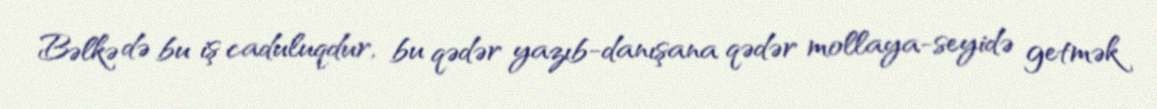
Bəlkə də bu iş caduluqdur, bu qədər yazıb-danışana qədər mollaya-seyidə getmək